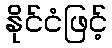
နိုင်ငံဖြင့်